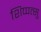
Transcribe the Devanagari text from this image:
शिप्पत्सु